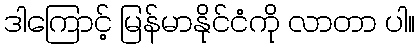
ဒါကြောင့် မြန်မာနိုင်ငံကို လာတာ ပါ။